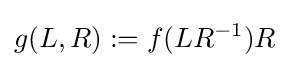
g(L,R):=f(LR^{-1})R